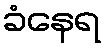
ခံနေရ